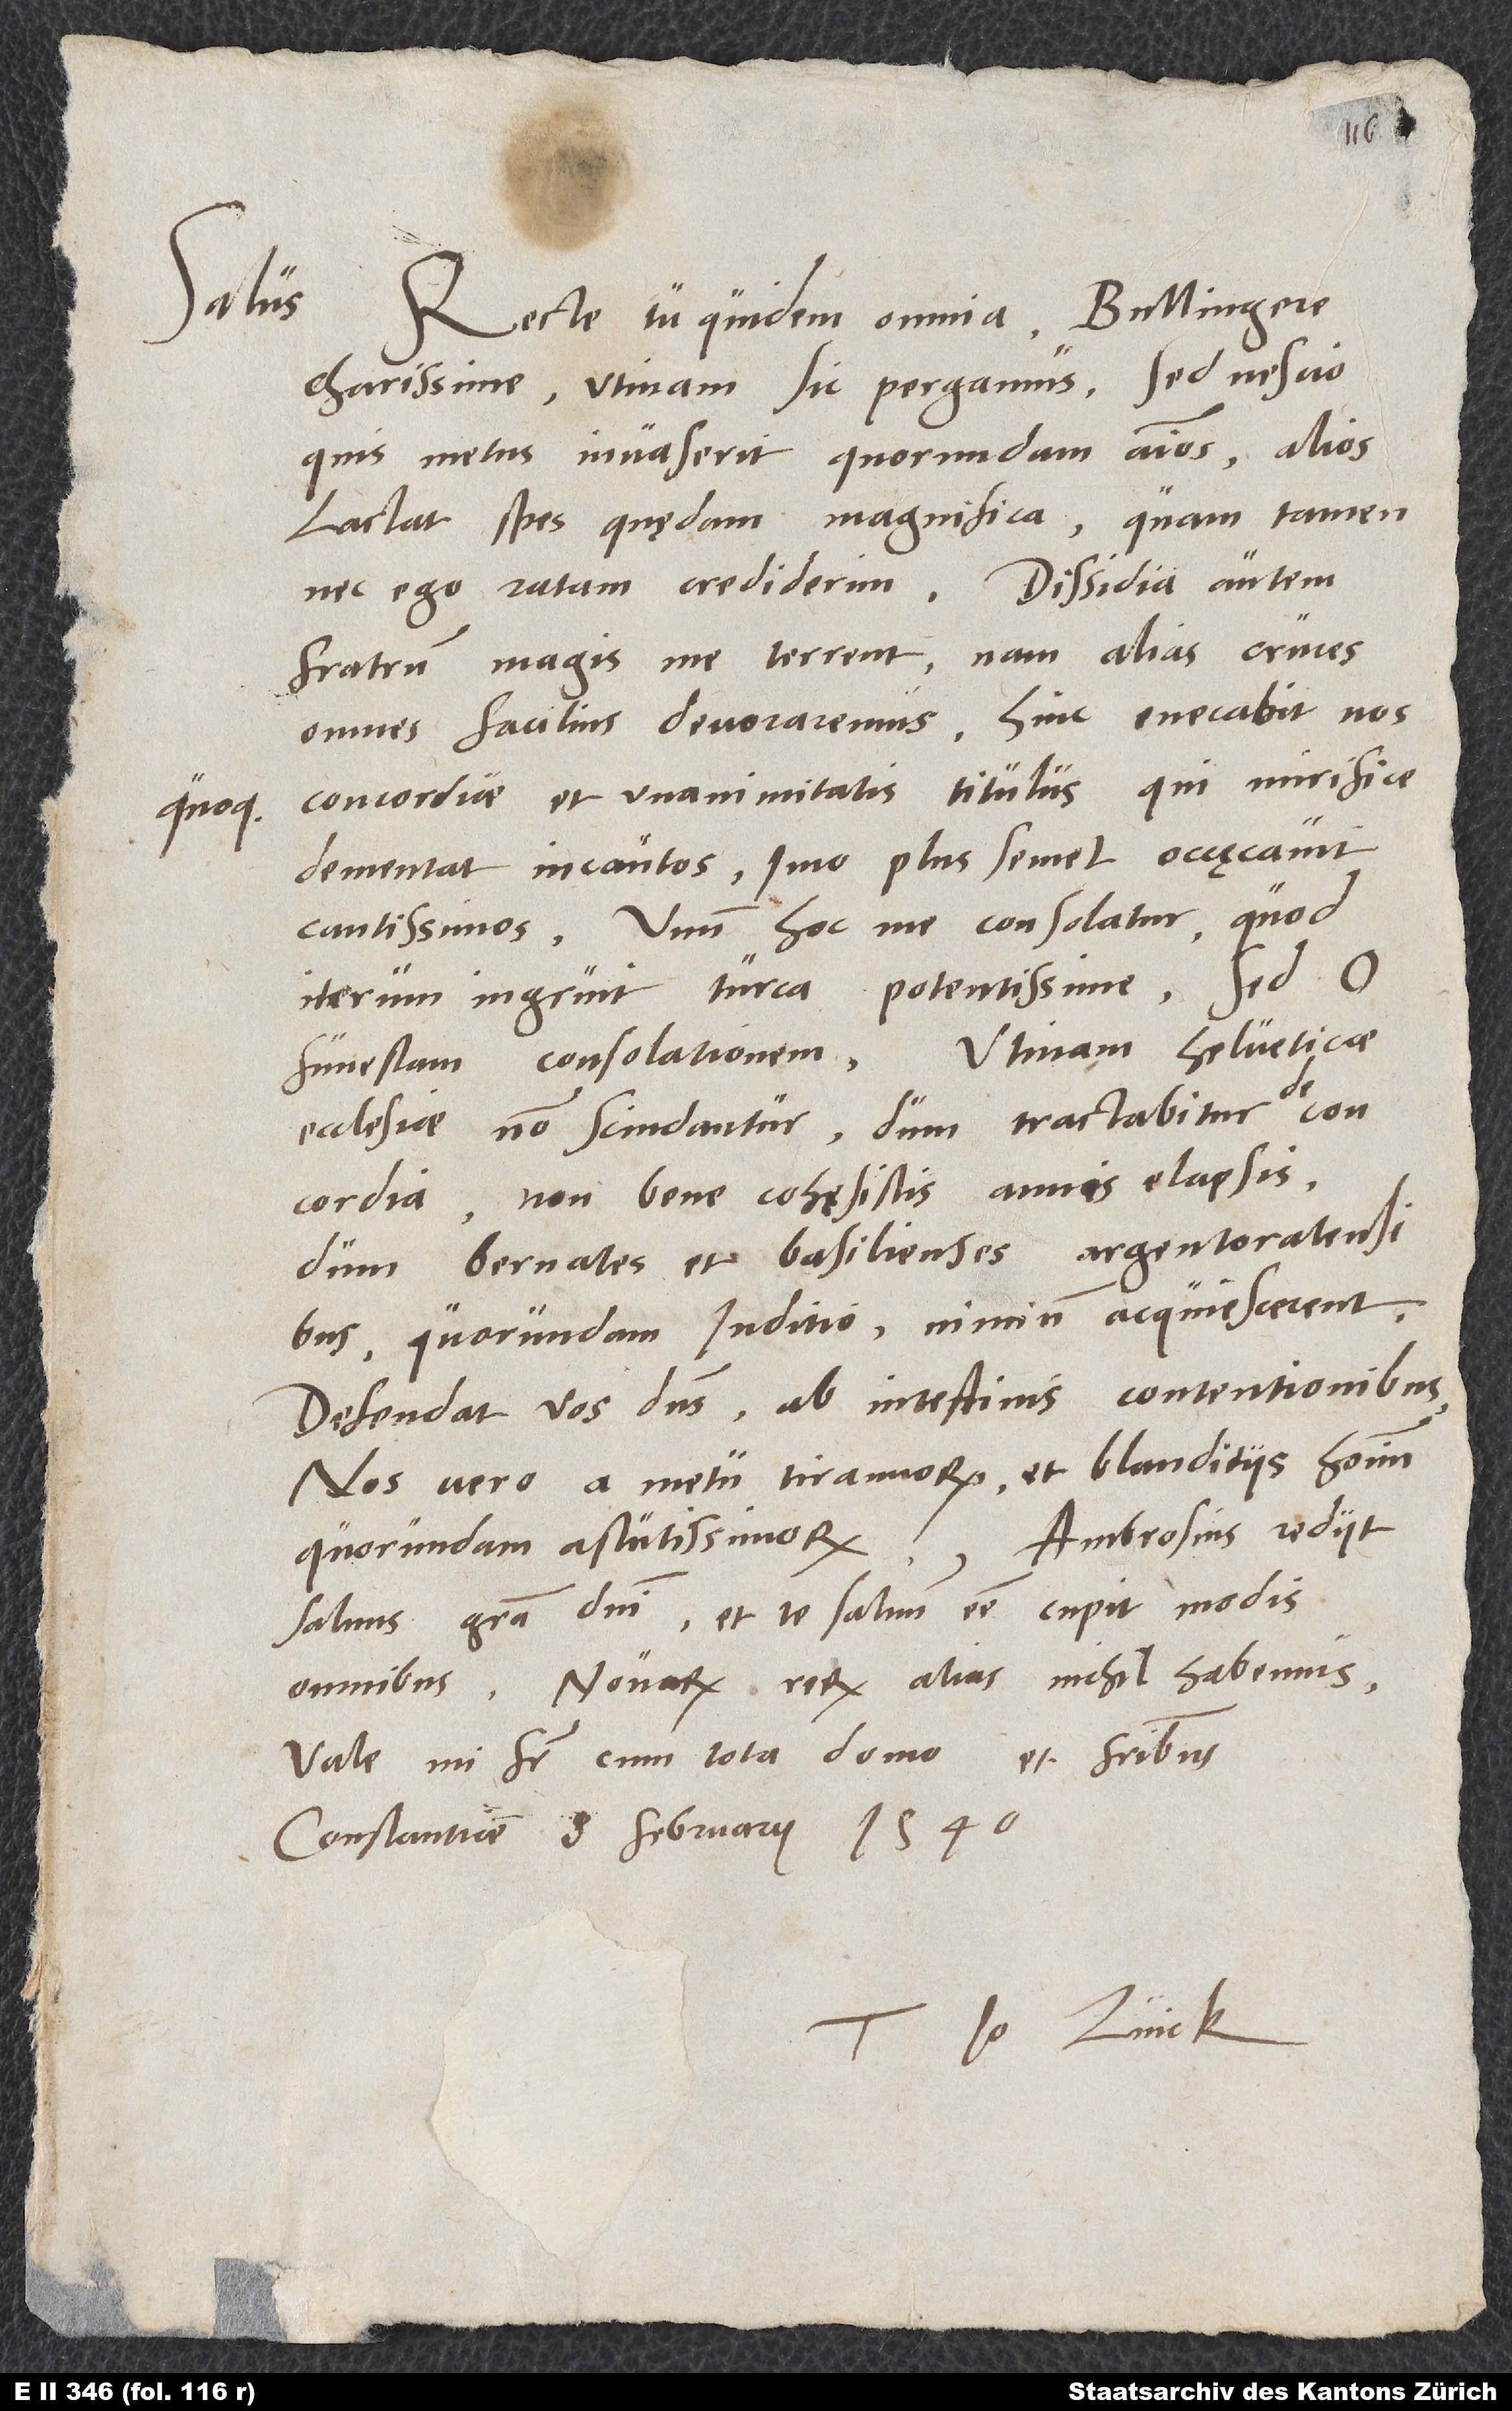
Salus.
quoque

Recte tu quidem omnia, Bullingere
charissime; utinam sic pergamus! Sed nescio
quis metus invaserit quorundam animos; alios
lactat spes quędam magnifica, quam tamen
nec ego ratam crediderim. Dissidia autem
fratrum magis me terrent; nam alias cruces
omnes facilius devoraremus. Hinc enecabit nos
concordiae et unanimitatis titulus, qui mirifice
dementat incautos, imo plus semel occęcavit
cautissimos. Unum hoc me consolatur, quod
iterum ingruit Turca potentissime; sed o
ecclesiae non scindantur, dum tractabitur de
concordia. Non bene cohęsistis annis elapsis,
dum Bernates et Basilienses Argentoratensibus
quorundam iuditio - nimium acquiescerent.
Defendat vos dominus ab intestinis contentionibus,
nos vero a metu tirannorum et blanditiis hominum
Ambrosius rediit
quorundam astutissimorum.
salvus gratia domini et te salvum esse cupit modis
omnibus. Novarum rerum alias nichil habemus.
Vale, mi frater, cum tota domo et fratribus.
Constantiae, 8. februarii 1540.
Tuus Io. Zvick.